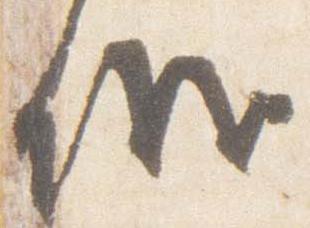
儀